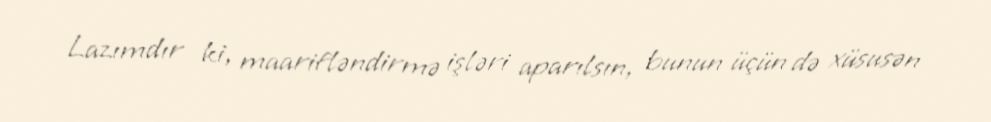
Lazımdır ki, maarifləndirmə işləri aparılsın, bunun üçün də xüsusən